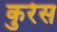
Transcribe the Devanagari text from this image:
कुरेस